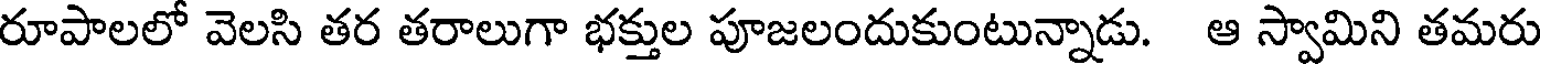
రూపాలలో వెలసి తర తరాలుగా భక్తుల పూజలందుకుంటున్నాడు. ఆ స్వామిని తమరు